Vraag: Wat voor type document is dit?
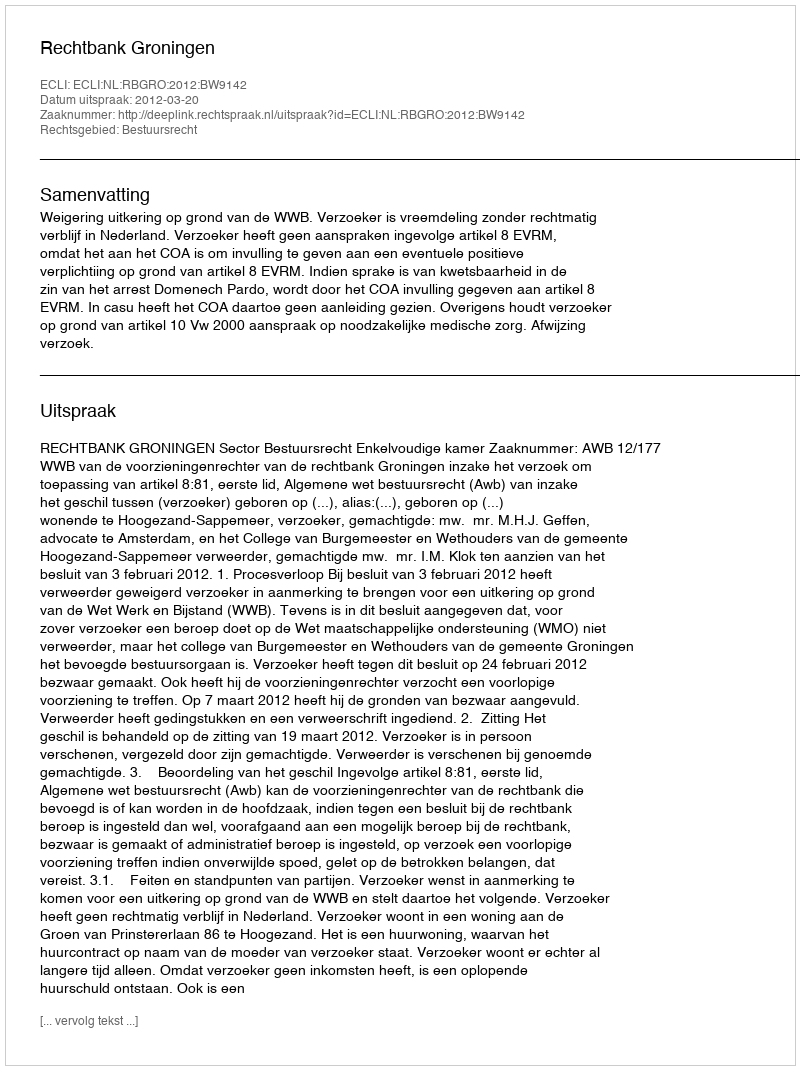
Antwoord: Uitspraak